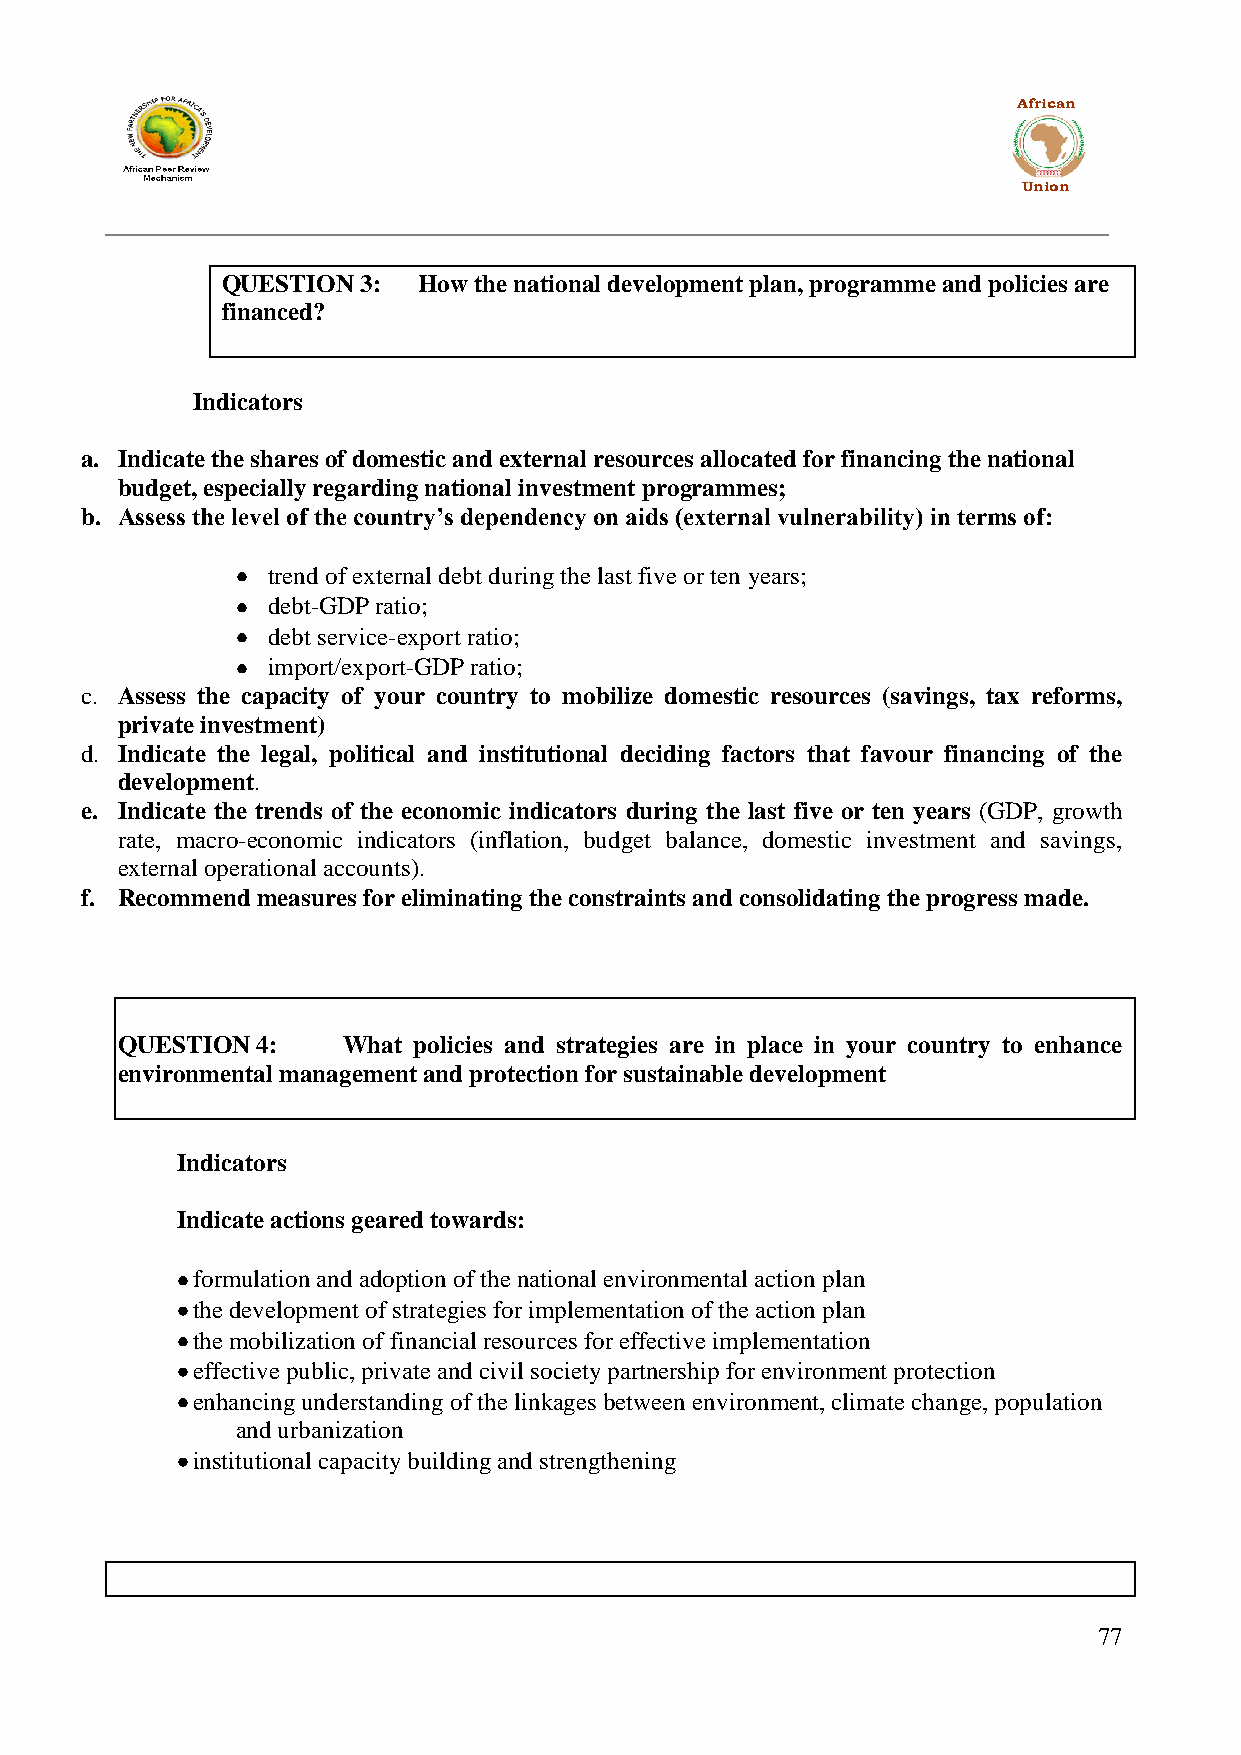
African
 Union
 QUESTION 3:  How the national development plan, programme and policies are
 financed?
 Indicators
 a. Indicate the shares of domestic and external resources allocated for financing the national
 budget, especially regarding national investment programmes;
 b. Assess the level of the country’s dependency on aids (external vulnerability) in terms of:
 trend of external debt during the last five or ten years;
 debt-GDP ratio;
 debt service-export ratio;
 import/export-GDP ratio;
 c. Assess the capacity of your country to mobilize domestic resources (savings, tax reforms,
 private investment)
 d. Indicate the legal, political and institutional deciding factors that favour financing of the
 development.
 e. Indicate the trends of the economic indicators during the last five or ten years (GDP, growth
 rate, macro-economic indicators (inflation, budget balance, domestic investment and savings,
 external operational accounts).
 f. Recommend measures for eliminating the constraints and consolidating the progress made.
 QUESTION 4:    What policies and strategies are in place in your country to enhance
 environmental management and protection for sustainable development
 Indicators
 Indicate actions geared towards:
 formulation and adoption of the national environmental action plan
 the development of strategies for implementation of the action plan
 the mobilization of financial resources for effective implementation
 effective public, private and civil society partnership for environment protection
 enhancing understanding of the linkages between environment, climate change, population
 and urbanization
 institutional capacity building and strengthening
 77